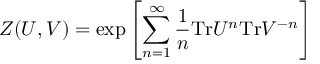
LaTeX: Z ( U , V ) = { \mathrm { e x p } } \left[ \sum _ { n = 1 } ^ { \infty } \frac { 1 } { n } { \mathrm { T r } } U ^ { n } { \mathrm { T r } } V ^ { - n } \right]